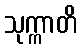
သုက္ကာတိ